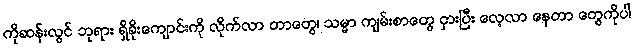
ကိုဆန်းလွင် ဘုရား ရှိခိုးကျောင်းကို လိုက်လာ တာတွေ၊ သမ္မာ ကျမ်းစာတွေ ငှားပြီး လေ့လာ နေတာ တွေကိုပါ